Vaccination in Bombay 1902-1912 - 1902-1912
Year: 1902
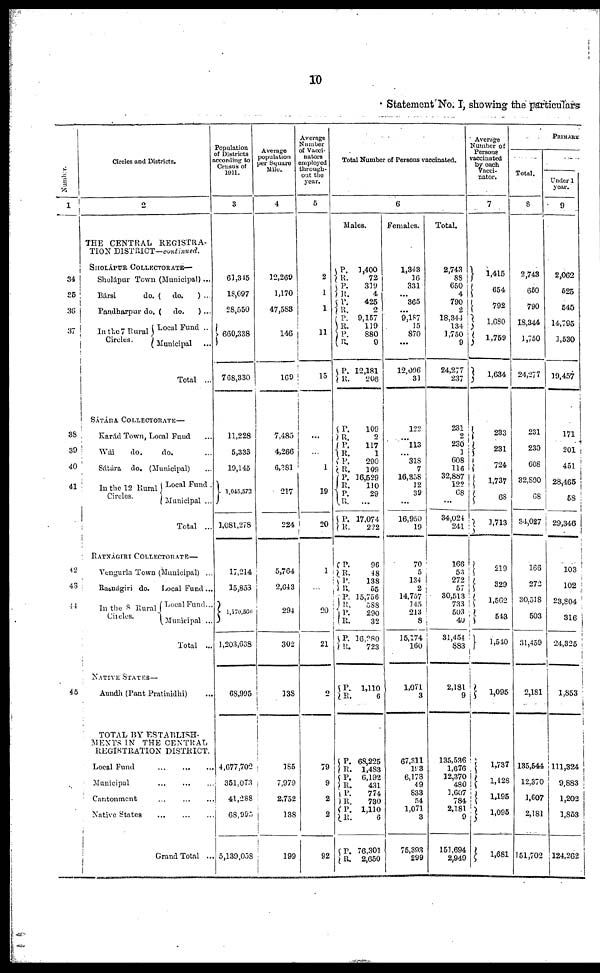
10
Statement No. I, showing the particulars
Number.
1
34
35
36
37
38
39
40
41
42
43
44
45
Circles and Districts.
2
THE CENTRAL REGISTRA-
TION DISTRICT—continued.
SHOLÁPUR COLLECTORATE—
Sholápur Town (Municipal) ...
Bársi
do. ( do.
) ...
Pandharpur do. ( do.
) ...
In the 7 Rural
Circles.
Local Fund ..
Municipal ...
Total ...
SÁTÁRA COLLECTORATE—
Karád Town, Local Fund ...
Wái
do.
do. ...
Sátára do. (Municipal) ...
In the 12 Rural
Circles.
Local Fund .
Municipal ...
Total ...
RATNÁGIRI COLLECTORATE—
Vengurla Town (Municipal) ...
Ratnágiri do. Local Fund ...
In the 8 Rural
Circles.
Local Fund...
Municipal ...
Total ...
NATIVE STATES—
Aundh (Pant Pratinidhi) ...
TOTAL BY ESTABLISH-
MENTS IN THE CENTRAL
REGISTRATION DISTRICT.
Local Fund
...
...
...
Municipal ... ... ...
Cantonment
...
...
...
Native
States
...
...
...
Grand
Total
...
Population
of Districts
according to
Census of
1911.
3
61,345
18,097
28,550
660,338
768,330
11,228
5,333
19,145
1,045,572
1,081,278
17,214
15,853
1,170,566
1,203,638
68,995
4,677,702
351,073
41,288
68,995
5,139,058
Average
population
per Square
Mile.
4
12,269
1,170
47,583
146
169
7,485
4,266
6,381
217
224
5,764
2,643
294
302
138
185
7,979
2,752
138
199
Average
Number
of Vacci¬
nators
employed
through-
out the
year.
5
2
1
1
11
15
...
...
1
19
20
1
...
20
21
2
79
9
2
2
92
Total Number of Persons vaccinated.
6
Males.
P.
R. P.
R.
P.
R. P.
R.
P.
R.
P.
R.
1,400
72
319
4
425
2
9,157
119
880
9
12,181
206
P.
R.
P.
R.
P.
R.
P.
R.
P.
R.
P.
R.
109
2
117
1
290
109
16,529
110
29
...
17,074
222
P.
R.
P.
R.
P.
R.
P.
R.
P.
R.
96
48
138
55
15,756
588
290
32
16,280
723
P.
R.
1,110
6
P.
R.
P.
R. P.
R.
P.
R.
P.
R.
68,225
1,483
6,192
431
774
730
1,110
6
76,301
2,650
Females.
1,343
16
331
...
365
...
9,187
15
870
...
12,096
31
122
... 113
... 318
7
16,358
12
39
...
16,950
19
70
5
134
2
14,757
145
213
8
15,174
160
1,071
3
67,311
193
6,178
49
833
54
1,071
3
75,393
299
Total.
2,743
88
650
4
790
2
18,344
134
1,750
9
24,277
237
231
2
230
1
608
116
32,887
122
68
...
34,024
241
166
53
272
57
30,513
733
503
40
31,454
883
2,181
9
135,536
1,676
12,370
480
1,607
784
2,181
9
151,694
2,949
Average
Number of
Persons
vaccinated
by each
Vacci¬
nator.
7
1,415
654
792
1,680
1,759
1,634
233
231
724
1,737
68
1,713
219
329
1,562
543
1,540
1,095
1,737
1,428
1,195
1,095
1,681
PRIMARY
Total.
8
2,743
650
790
18,344
1,750
24,277
231
230
608
32,890
68
34,027
166
272
30,518
503
31,459
2,181
135,544
12,370
1,607
2,181
151,702
Under 1
year.
9
2,062
525
545
14,795
1,530
19,457
171
201
451
28,465
58
29,346
103
102
23,804
316
24,325
1,853
111,324
9,883
1,202
1,853
124,262